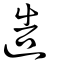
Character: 造